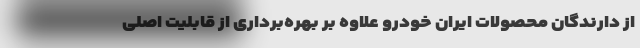
از دارندگان محصولات ایران خودرو علاوه بر بهره‌برداری از قابلیت اصلی